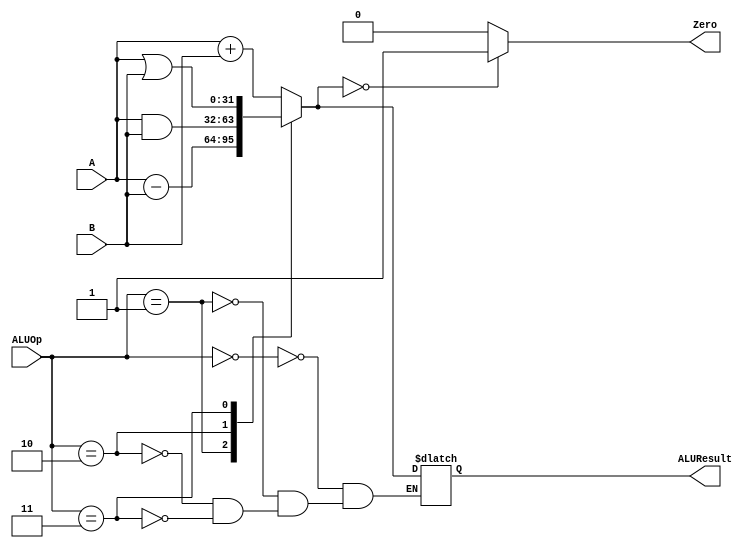
`timescale 1ns / 1ps
//////////////////////////////////////////////////////////////////////////////////
// Company: 
// Engineer: 
// 
// Design Name: 
// Module Name:    ALU 
// Project Name: 
// Target Devices: 
// Tool versions: 
// Description: 
//
// Dependencies: 
//
// Revision: 
// Revision 0.01 - File Created
// Additional Comments: 
//
//////////////////////////////////////////////////////////////////////////////////
module ALU(
	input [31:0] A,
	input [31:0] B,
	input [2:0] ALUOp,
	output reg [31:0] ALUResult,
	output reg Zero
    );
	
	always @(*) begin
		case (ALUOp)
			0: ALUResult = A + B;
			1: ALUResult = A - B;
			2: ALUResult = A & B;
			3: ALUResult = A | B;
		endcase
		
		Zero = (ALUResult == 0) ? 1 : 0;
	end
	
endmodule